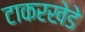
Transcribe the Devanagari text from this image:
टाकरखेडे